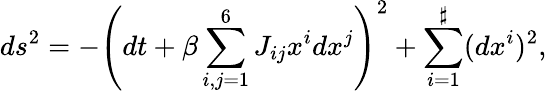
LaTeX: ds^{2}=-\left(dt+\beta\sum_{i,j=1}^{6}J_{ij}x^{i}dx^{j}\right)^{2}+\sum_{i=1}^{\sharp}(dx^{i})^{2},